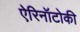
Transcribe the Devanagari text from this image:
ऐरिनॉटोकी